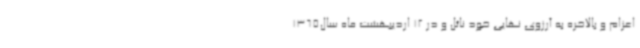
اعزام و بالاخره به آرزوی نهایی خود نائل و در 12 اردیبهشت ماه سال1365